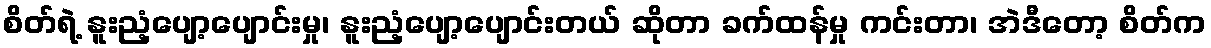
စိတ်ရဲ့ နူးညံ့ပျော့ပျောင်းမှု၊ နူးညံ့ပျော့ပျောင်းတယ် ဆိုတာ ခက်ထန်မှု ကင်းတာ၊ အဲဒီတော့ စိတ်က